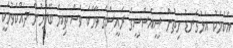
އެކަމަކު އަޅުގަނޑު ހިތުން ސީއެެސްސީގެ ރައީސްގެ ވާހަކަ ވެސް ތިޔަ ބޭފުޅުން ދެއްކެވުމަކީ